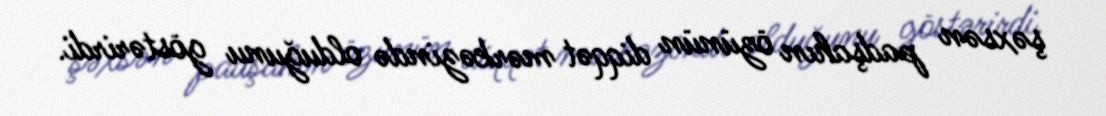
şəxsən padşahın özünün diqqət mərkəzində olduğunu göstərirdi.